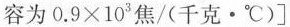
容为$$0 . 9 \times 10 ^ { 3 }$$焦/(千克 · ℃)]